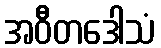
အဝီတဒေါသံ